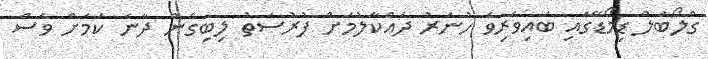
ގްލޯބަލް ޑިމޯޑޭގައި ބައިވެރިވެ ހުނަރު ދައްކާލުމަށް ފުރުސަތު ލިބިގެން ދާނެ ކަމަށް ވެސް